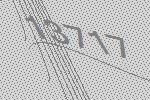
13717